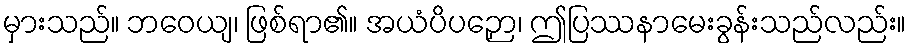
မှားသည်။ ဘဝေယျ၊ ဖြစ်ရာ၏။ အယံပိပဉှော၊ ဤပြဿနာမေးခွန်းသည်လည်း။